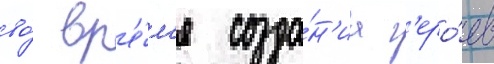
во́ вр'е́м'я созда́н'иа г'еро́ев